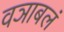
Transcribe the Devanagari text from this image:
वञाबलं